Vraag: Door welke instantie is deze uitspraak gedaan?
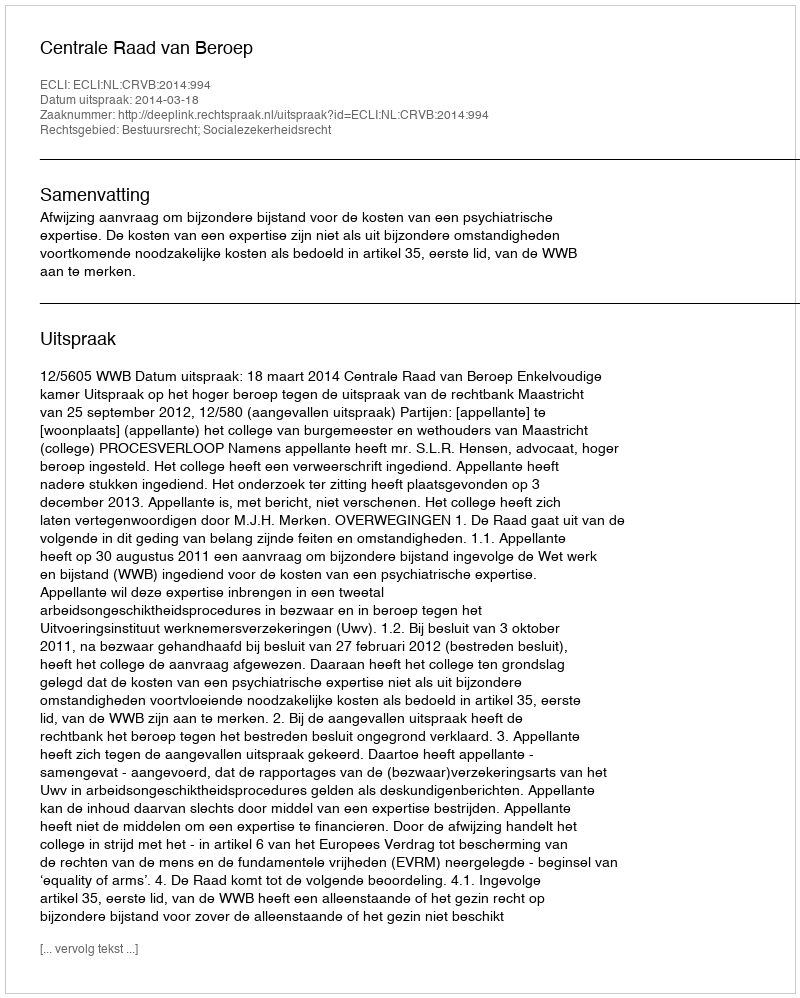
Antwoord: Centrale Raad van Beroep